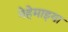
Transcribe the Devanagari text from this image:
नेहेमाइया